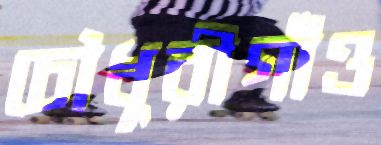
চৌধুরীগাঁও